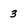
Character: 3